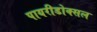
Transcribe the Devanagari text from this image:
पायरीडोक्सल